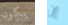
يكون إن